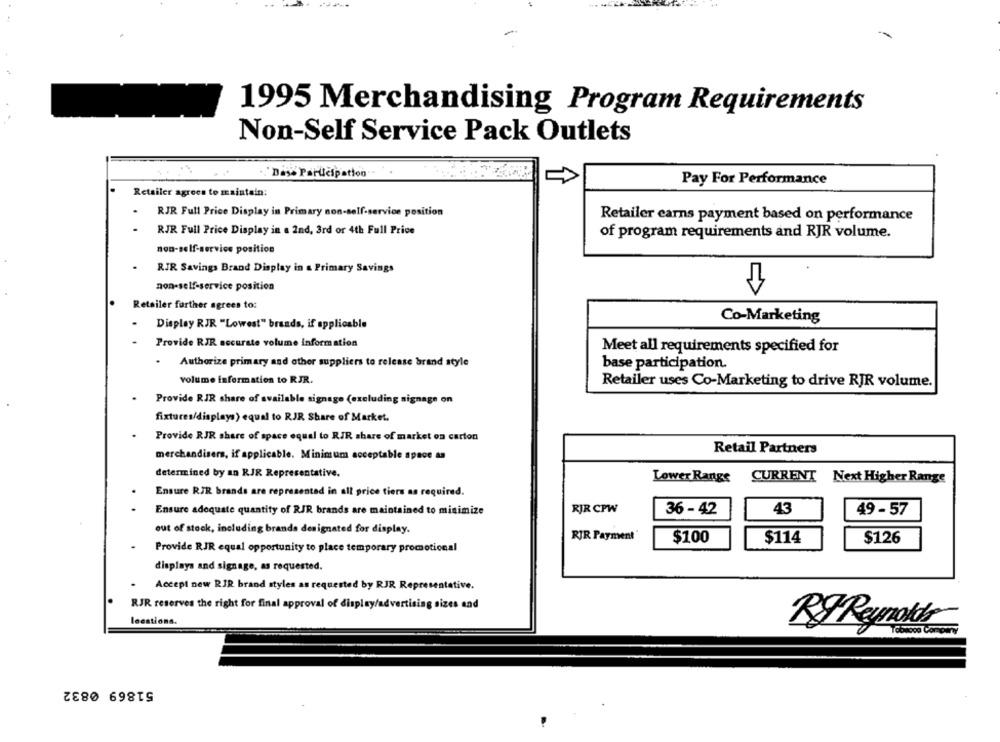
1995 Merchandising Program Requirements
Non-Self Service Pack Outlets
.Dass Participation"
Pay For Performance
Retailer agrees to maintain:
RJR Full Price Display in Primary non-self-service position
Retailer earns payment based on performance
RJR Full Price Display in a Ind, 3rd or 4th Full Price
of program requirements and RJR volume.
non-self-service position
RJR Savings Brand Display in a Primary Savings
non-self-service position
Retailer further agrees to:
Co-Marketing
Display RJR "Lowest" brands, if applicable
Provide RJR accurate volume information
Meet all requirements specified for
Authorize primary and other suppliers to release brand style
base participation.
volume information to RJR.
Retailer uses Co-Marketing to drive RJR volume.
Provide RIR share of available signage (excluding signage on
fixtures/displays) equal to RJR Share of Market.
Provide RJR share of space equal to RJR share of market on carton
Retail Partners
merchandisers, if applicable. Minimum acceptable space &a
determined by an RJR Representative.
Lower Range
CURRENT Next Higher Range
Ensure RJR brands are represented in all price tiers as required.
Ensure adequate quantity of RJR brands are maintained to minimize
RJR CPW
36 - 42
43
49 - 57
out of stock, including brands designated for display.
RJR Payment
$100
$114
$126
Provide RJR equal opportunity to place temporary promotional
displays and signage, as requested.
Accept new RJR brand styles as requested by RJR Representatit
RJR reserves the right for final approval of display/advertising sizes and
leestions.
RJ Reynolds
51869 0832